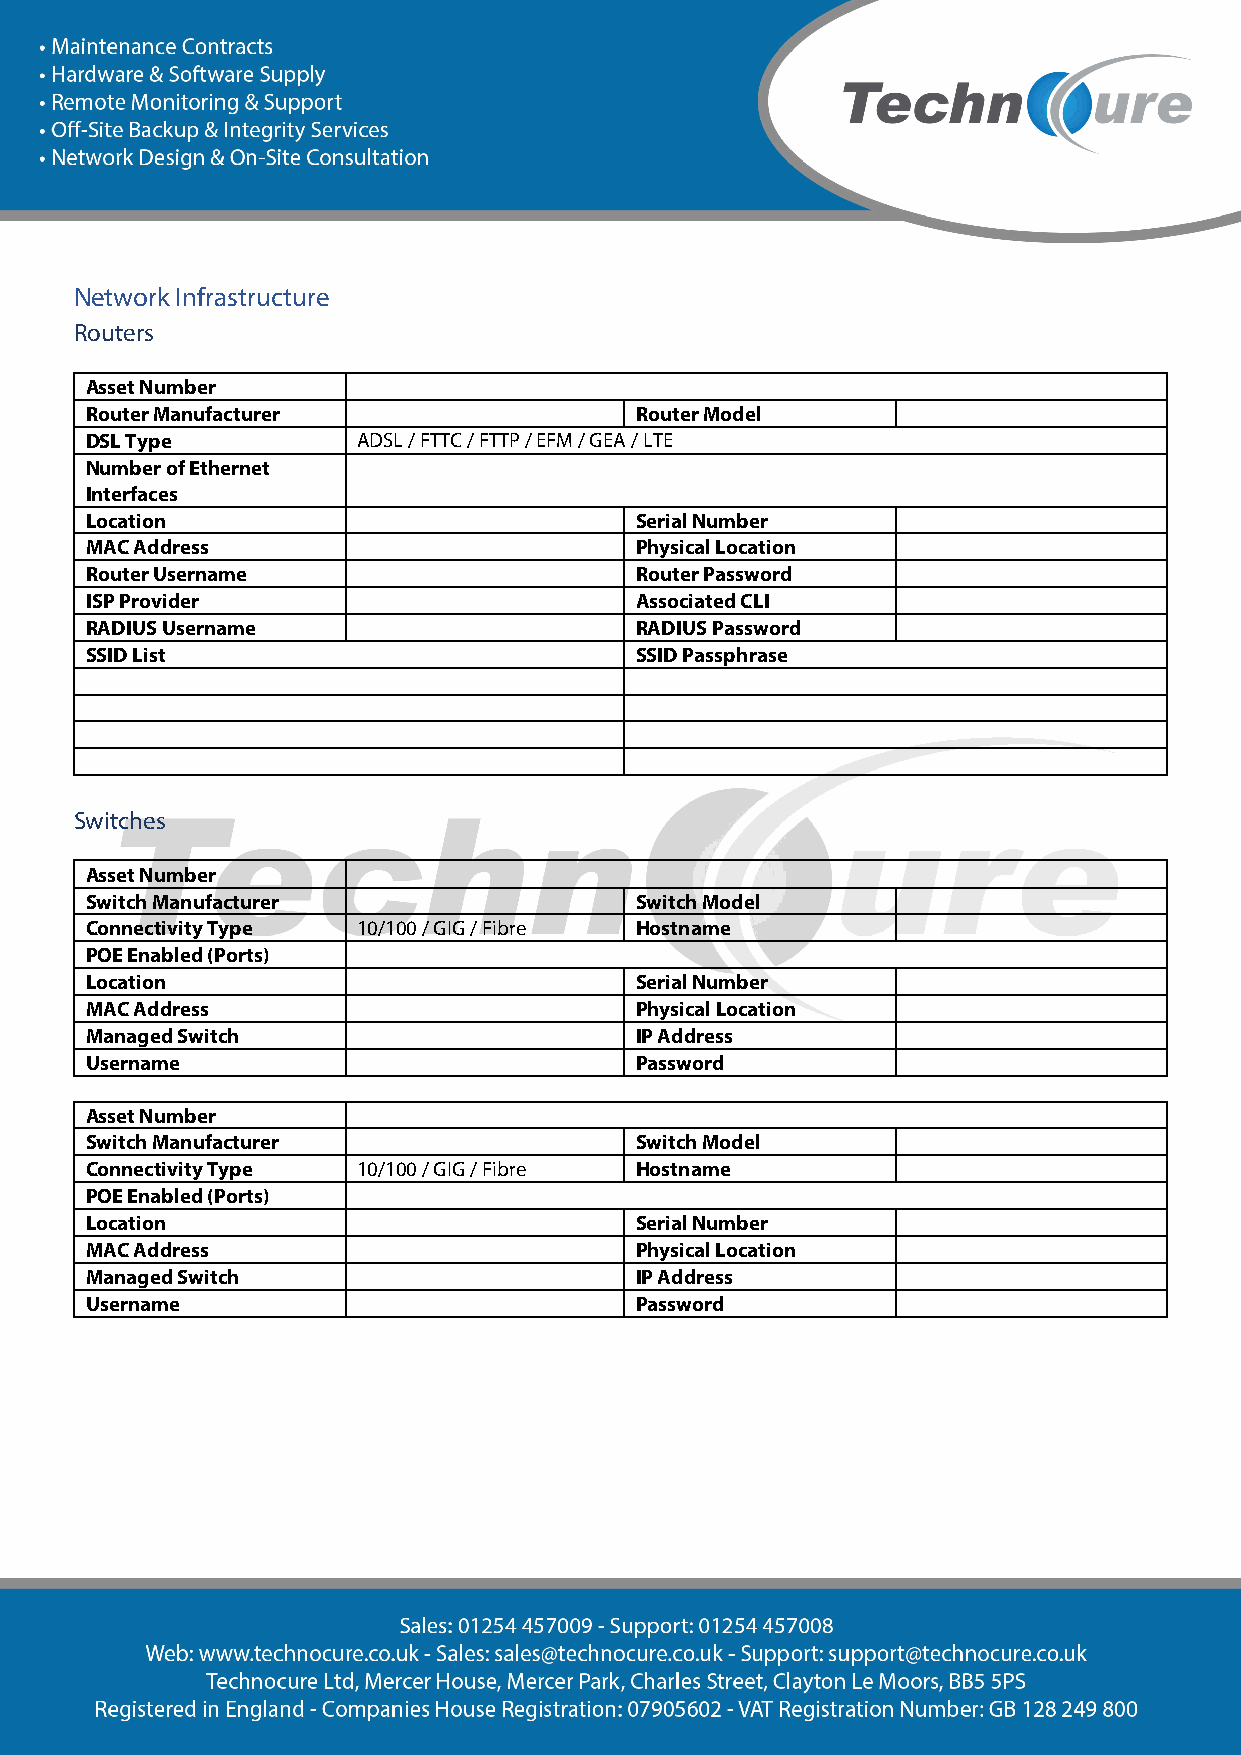
Network Infrastructure
 Routers
 Asset Number
 Router Manufacturer                 Router Model
 DSL Type          ADSL / FTTC / FTTP / EFM / GEA / LTE
 Number of Ethernet
 Interfaces
 Location                            Serial Number
 MAC Address                         Physical Location
 Router Username                     Router Password
 ISP Provider                        Associated CLI
 RADIUS Username                     RADIUS Password
 SSID List                           SSID Passphrase
 Switches
 Asset Number
 Switch Manufacturer                 Switch Model
 Connectivity Type 10/100 / GIG / Fibre Hostname
 POE Enabled (Ports)
 Location                            Serial Number
 MAC Address                         Physical Location
 Managed Switch                      IP Address
 Username                            Password
 Asset Number
 Switch Manufacturer                 Switch Model
 Connectivity Type 10/100 / GIG / Fibre Hostname
 POE Enabled (Ports)
 Location                            Serial Number
 MAC Address                         Physical Location
 Managed Switch                      IP Address
 Username                            Password